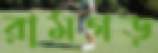
রামগড়